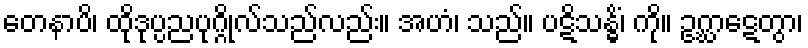
တေနာပိ၊ ထိုဒုပ္ပညပုဂ္ဂိုလ်သည်လည်း။ အဟံ၊ သည်။ ပဋိသန္ဓိံ၊ ကို။ ဥဂ္ဃာဋေတွာ၊